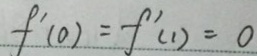
f ^ { \prime } ( 0 ) = f ^ { \prime } ( 1 ) = 0